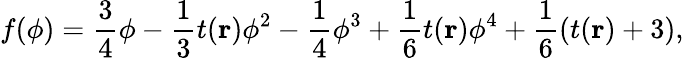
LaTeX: {f(\phi)={\frac{3}{4}\phi-\frac{1}{3}t(\textbf{r})\phi^{2}-\frac{1}{4}\phi^{3}+\frac{1}{6}t(\textbf{r})\phi^{4}+\frac{1}{6}(t(\textbf{r})+3)}},